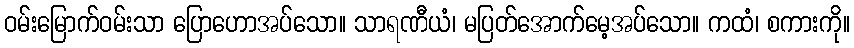
ဝမ်းမြောက်ဝမ်းသာ ပြောဟောအပ်သော။ သာရဏီယံ၊ မပြတ်အောက်မေ့အပ်သော။ ကထံ၊ စကားကို။